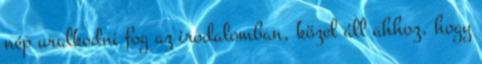
nép uralkodni fog az irodalomban, közel áll ahhoz, hogy